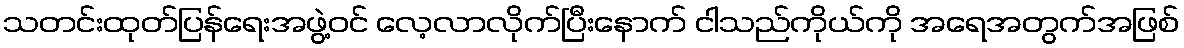
သတင်းထုတ်ပြန်ရေးအဖွဲ့ဝင် လေ့လာလိုက်ပြီးနောက် ငါသည်ကိုယ်ကို အရေအတွက်အဖြစ်